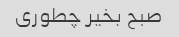
صبح بخیر چطوری